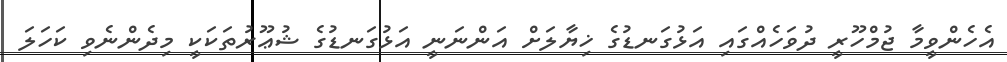
އެހެންވީމާ ޖުމްހޫރީ ދުވަހެއްގައި އަޅުގަނޑުގެ ޚިޔާލަށް އަންނަނީ އަޅުގަނޑުގެ ޝުޢޫރުތަކަކީ މިދެންނެވި ކަހަލަ